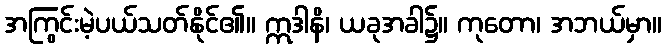
အကြွင်းမဲ့ပယ်သတ်နိုင်၏။ ဣဒါနိ၊ ယခုအခါ၌။ ကုတော၊ အဘယ်မှာ။